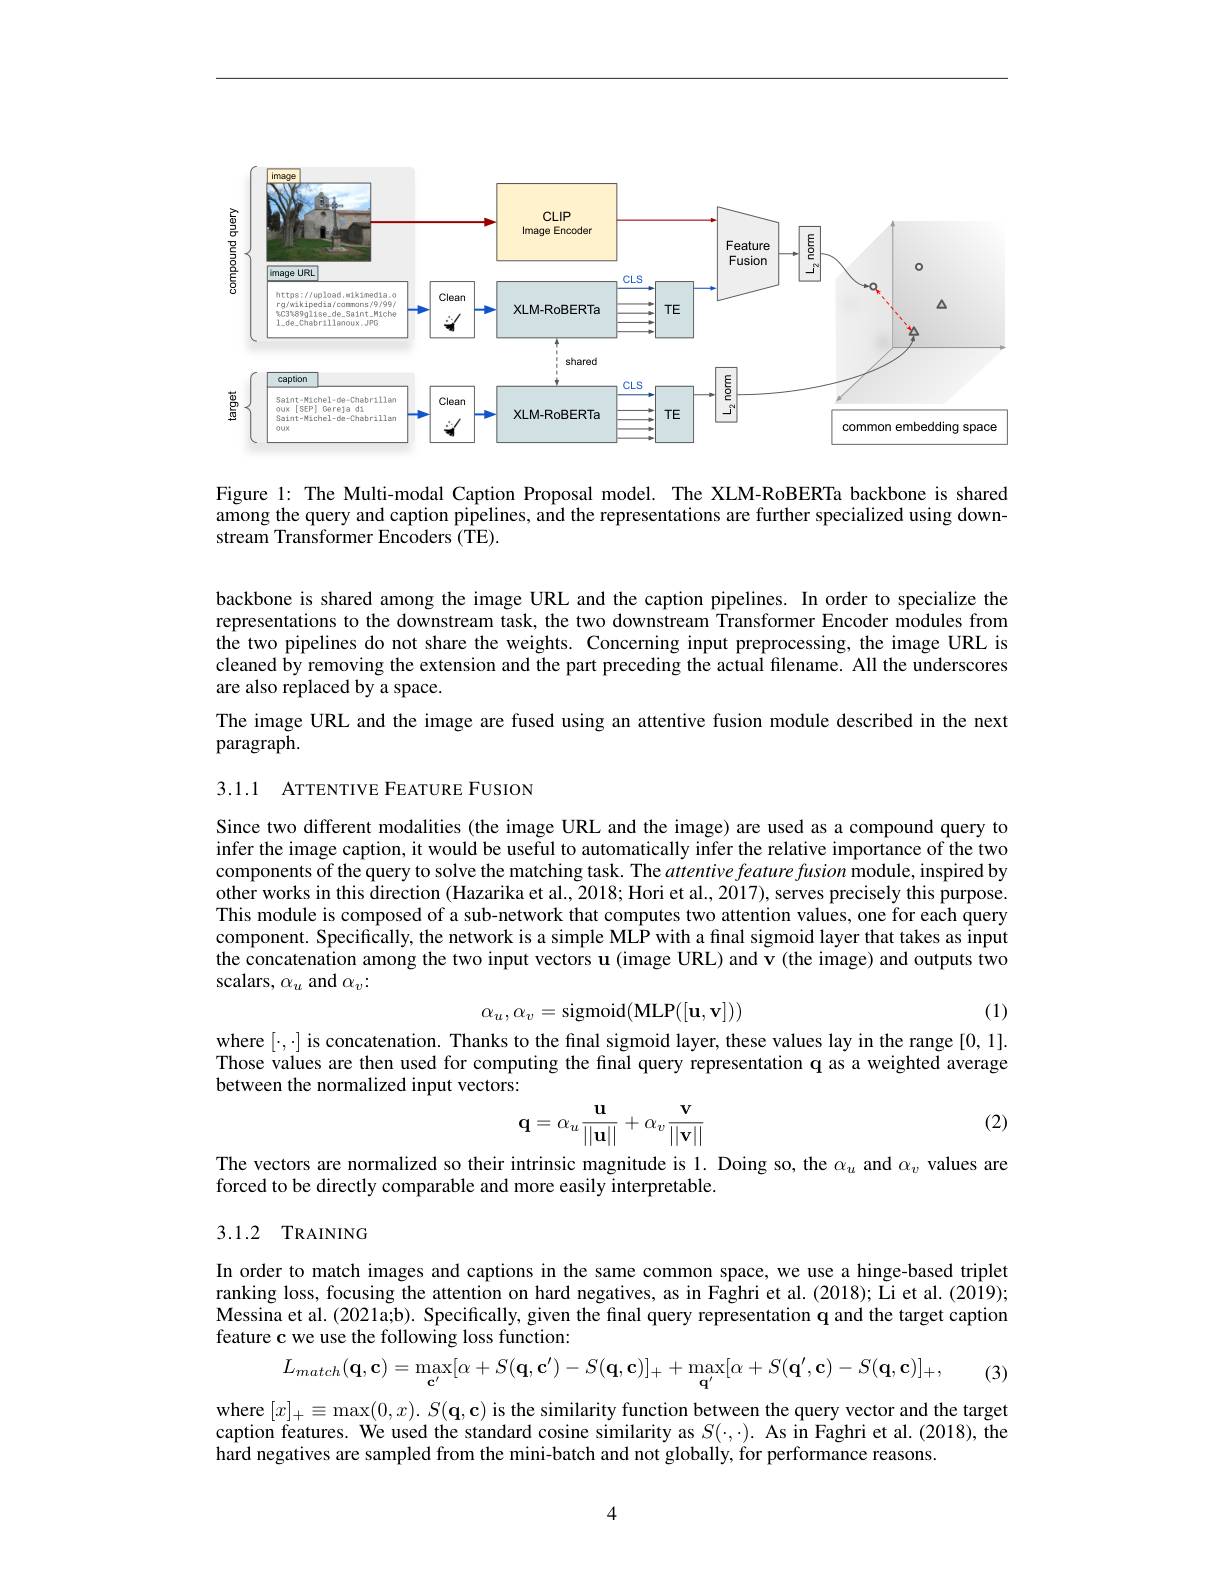
<FigureHere>

Figure l: The Multi-modal Caption Proposal model. The XLM-RoBERTa backbone is shared among the query and caption pipelines, and the representations are further specialized using downstream Transformer Encoders (TE).

backbone is shared among the image URL and the caption pipelines. In order to specialize the representations to the downstream task, the two downstream Transformer Encoder modules from the two pipelines do not share the weights. Concerning input preprocessing, the image URL is cleaned by removing the extension and the part preceding the actual filename. All the underscores are also replaced by a space.

The image URL and the image are fused using an attentive fusion module described in the next
paragraph.

3.1.1 ATTENTIVE FEATURE FUSION

Since two different modalities (the image URL and the image) are used as a compound query to infer the image caption, it would be useful to automatically infer the relative importance of the two components of the query to solve the matching task. The attentive feature fusion module, inspired by other works in this direction (Hazarika et al., 2018; Hori et al., 2017), serves precisely this purpose. This module is composed of a sub-network that computes two attention values, one for each query component. Specifically, the network is a simple MLP with a final sigmoid layer that takes as input the concatenation among the two input vectors u (image URL) and v (the image) and outputs two scalars, $\alpha_u$ and $\alpha_v{:}$
$$\alpha_u,\alpha_v=\text{sigmoid}(\text{MLP}([\mathbf{u},\mathbf{v}]))$$
(1)

where $[\cdot,\cdot]$ is concatenation. Thanks to the final sigmoid layer, these values lay in the range [0,1].

Those values are then used for computing the final query representation q as a weighted average
between the normalized input vectors:

(2)
$$\mathbf{q}=\alpha_{u}\frac{\mathbf{u}}{||\mathbf{u}||}+\alpha_{v}\frac{\mathbf{v}}{||\mathbf{v}||}$$
The vectors are normalized so their intrinsic magnitude is 1. Doing so, the $\alpha_u$ and $\alpha_v$ values are
forced to be directly comparable and more easily interpretable.

## 3.1.2 TRAINING

In order to match images and captions in the same common space, we use a hinge-based triplet ranking loss, focusing the attention on hard negatives, as in Faghri et al.(2018); Li et al.(2019); $\tilde{\text{Messina et al.(2021a;b). Specifically, given the final query representation q and the target caption}}$ feature c we use the following loss function:
$$L_{match}(\mathbf{q},\mathbf{c})=\operatorname*{max}_{\mathbf{c}^{\prime}}[\alpha+S(\mathbf{q},\mathbf{c}^{\prime})-S(\mathbf{q},\mathbf{c})]_{+}+\operatorname*{max}_{\mathbf{q}^{\prime}}[\alpha+S(\mathbf{q}^{\prime},\mathbf{c})-S(\mathbf{q},\mathbf{c})]_{+},$$
(3)

where $[x]_+\equiv\max(0,x).S(\mathbf{q},\mathbf{c})$ is the similarity function between the query vector and the target caption features. We used the standard cosine similarity as $S(\cdot,\cdot).$ As in Faghri et al.(2018), the $\hat{\text{hard negatives are sampled from the mini-batch and not globally, for performance reasons.}}$

4